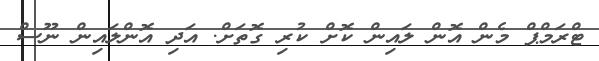
ޓްރަމްޕް މެން އޮން ލައިން ކޮށް ކުރި ގޮތަށް. އަދި އޮންލައިން ނޫސް